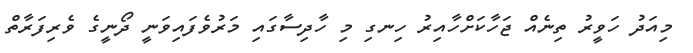
މިއަދު ހަވީރު ތިނެއް ޖަހާކަށްހާއިރު ހިނގި މި ހާދިސާގައި މަރުވެފައިވަނީ ދޯނީގެ ވެރިފަރާތް